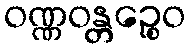
ဝဏ္ဏဝန္တဉ္စေဝ